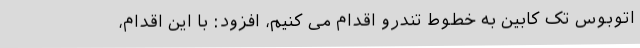
اتوبوس تک کابین به خطوط تندرو اقدام می کنیم، افزود: با این اقدام،